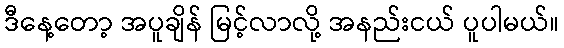
ဒီနေ့တော့ အပူချိန် မြင့်လာလို့ အနည်းငယ် ပူပါမယ်။